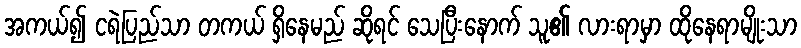
အကယ်၍ ငရဲပြည်သာ တကယ် ရှိနေမည် ဆိုရင် သေပြီးနောက် သူ၏ လားရာမှာ ထိုနေရာမျိုးသာ